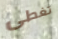
تغطى